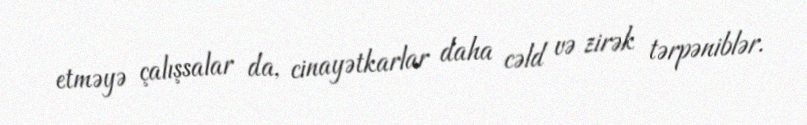
etməyə çalışsalar da, cinayətkarlar daha cəld və zirək tərpəniblər.